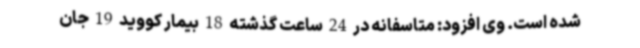
شده است. وی افزود: متاسفانه در 24 ساعت گذشته 18 بیمار کووید 19 جان